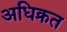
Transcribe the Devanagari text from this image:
अधिक्रत